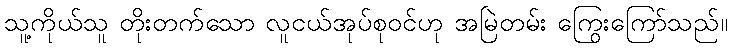
သူ့ကိုယ်သူ တိုးတက်သော လူငယ်အုပ်စုဝင်ဟု အမြဲတမ်း ကြွေးကြော်သည်။